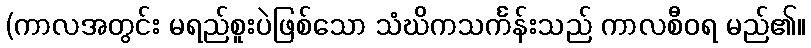
(ကာလအတွင်း မရည်စူးပဲဖြစ်သော သံဃိကသင်္ကန်းသည် ကာလစီဝရ မည်၏။